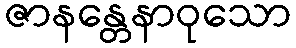
ဇာနန္တေနာဝုသော